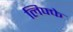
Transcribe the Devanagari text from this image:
लिफ्फे